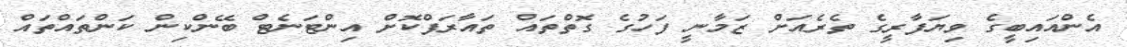
އެންއައިބީގެ ވިޔަފާރީގެ ތެރެއަށް ޒަމާނީ ފަހުގެ ގޮތްތައް ތައާރަފްކޮށް އިންޓަނެޓް ބޭންކިން ކަންތައްތައް